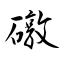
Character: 礅